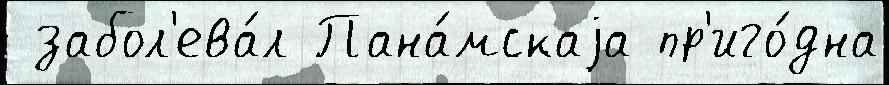
 забол'ева́л Пана́мскаjа пр'иго́дна